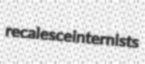
recalesce internists